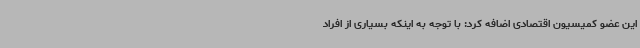
این عضو کمیسیون اقتصادی اضافه کرد: با توجه به اینکه بسیاری از افراد